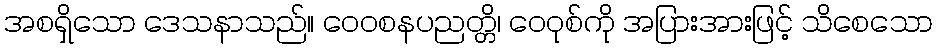
အစရှိသော ဒေသနာသည်။ ဝေဝစနပညတ္တိ၊ ဝေဝုစ်ကို အပြားအားဖြင့် သိစေသော